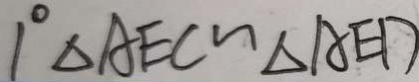
1 ^ { \circ } \Delta A E C \sim \Delta A E D